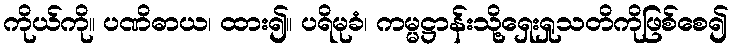
ကိုယ်ကို။ ပဏိဓာယ၊ ထား၍။ ပရိမုခံ၊ ကမ္မဋ္ဌာန်းသို့ရှေးရှုသတိကိုဖြစ်စေ၍